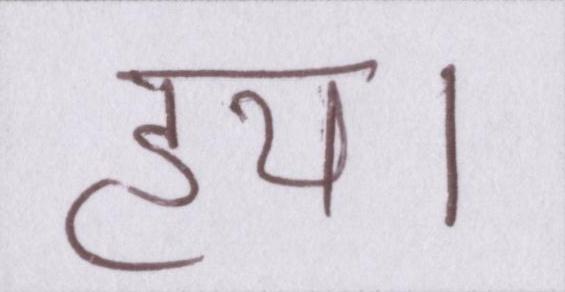
हय।